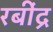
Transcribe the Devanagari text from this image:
रबींद्र